Medical and sanitary report of the native army of Madras for the year
Year: 1875
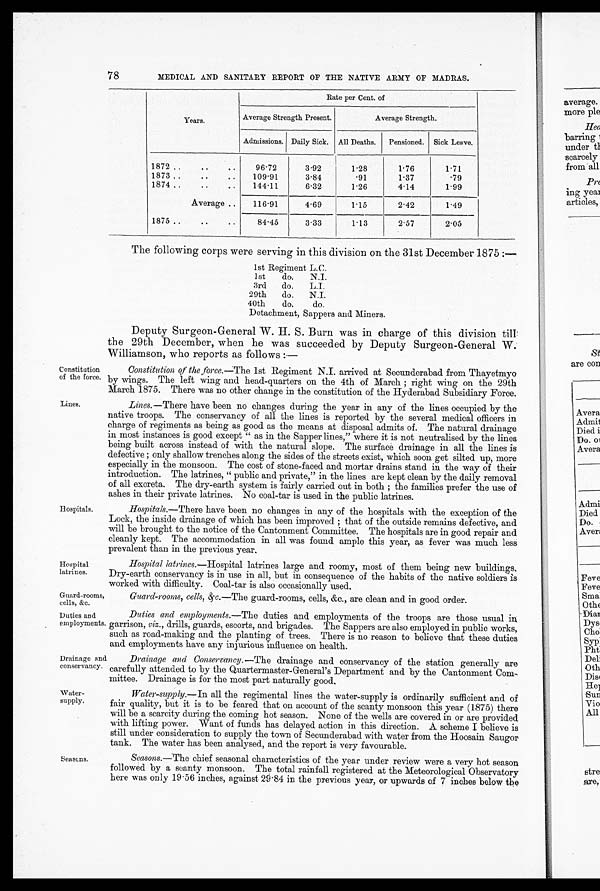
Constitution
of the force.
Lines.
Guard-rooms,
cells, &c.
Duties and
employments.
78
MEDICAL AND SANITARY REPORT OF THE NATIVE ARMY OF MADRAS.
Years.
Rate per Cent. of
Average Strength Present.
Average Strength.
Admissions. Daily Sick. All Deaths.
Pensioned.
Sick Leave.
1872 ..
..
..
9 6 . 7 2
3.92
1 . 2 8
1 . 7 6
1.71
1873 ..
..
..
109.91
3 . 8 4
.91
1 . 3 7
0 . 7 9
1874 ..
..
..
144.11
6.32
1 . 2 6
4.14
1.99
Average
116.91
4.69
1.15
2 . 4 2
1.49
1875 ..
..
..
8 4 . 4 5
3.33
1.13
2.57
2.05
The following corps were serving in this division on the 31st December 1875 :—
1st Regiment L.C.
1st
do.
N.J.
3rd
do.
L.J.
29th
do.
N.J.
40th
do.
do.
Detachment, Sappers and Miners.
Hospitals.
Hospital
latrines.
Deputy Surgeon-General W. H. S. Burn was in charge of this division till
the 29th December, when he was succeeded by Deputy Surgeon-General W.
Williamson, who reports as follows :—
Constitution of the force.—The 1st Regiment N.I. arrived at Secunderabad from Thayetmyo
by wings. The left wing and head-quarters on the 4th of March ; right wing on the 29th
March 1875. There was no other change in the constitution of the Hyderabad Subsidiary Force.
Lines.—There have been no changes during the year in any of the lines occupied by the
native troops. The conservancy of all the lines is reported by the several medical officers in
charge of regiments as being as good as the means at disposal admits of. The natural drainage
in most instances is good except " as in the Sapper lines," where it is not neutralised by the lines
being built across instead of with the natural slope. The surface drainage in all the lines is
defective ; only shallow trenches along the sides of the streets exist, which soon get silted up, more
especially in the monsoon. The cost of stone-faced and mortar drains stand in the way of their
introduction. The latrines, " public and private," in the lines are kept clean by the daily removal
of all excreta. The dry-earth system is fairly carried out in both ; the families prefer the use of
ashes in their private latrines. No coal-tar is used in the public latrines.
Hospitals.— There have been no changes in any of the hospitals with the exception of the
Lock, the inside drainage of which has been improved ; that of the outside remains defective, and
will be brought to the notice of the Cantonment Committee. The hospitals are in good repair and
cleanly kept. The accommodation in all was found ample this year, as fever was much less
prevalent than in the previous year.
Hospital latrines.—Hospital latrines large and roomy, most of them being new buildings.
Dry-earth conservancy is in use in all, but in consequence of the habits of the native soldiers is
worked with difficulty. Coal-tar is also occasionally used.
Guard-rooms, cells, &c.—The guard-rooms, cells, &c., are clean and in good order.
Duties and employments.—The duties and employments of the troops are those usual in
garrison, viz., drills, guards, escorts, and brigades. The Sappers are also employed in public works,
such as road-making and the planting of trees. There is no reason to believe that these duties
and employments have any injurious influence on health.
Drainage and
Drainage and Conservancy.— The drainage and conservancy of the station generally are
conservancy. carefully attended to by the Quartermaster-General's Department and by the Cantonment Com-
mittee. Drainage is for the most part naturally good,
Water-supply.
Water-supply.— In all the regimental lines the water-supply is ordinarily sufficient and of
fair quality, but it is to be feared that on account of the scanty monsoon this year (1875) there
will be a scarcity during the coming hot season. None of the wells are covered in or are provided
with lifting power. Want of funds has delayed action in this direction. A scheme I believe is
still under consideration to supply the town of Secunderabad with water from the Hoosain Saugor
tank. The water has been analysed, and the report is very favourable.
Seascns.
Seasons.—The chief seasonal characteristics of the year under review were a very hot season
followed by a scanty monsoon. The total rainfall registered at the Meteorological Observatory
here was only 19 . 56 inches, against 29 . 84 in the previous year, or upwards of 7 inches below the